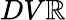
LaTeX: DV\mathbb{R}